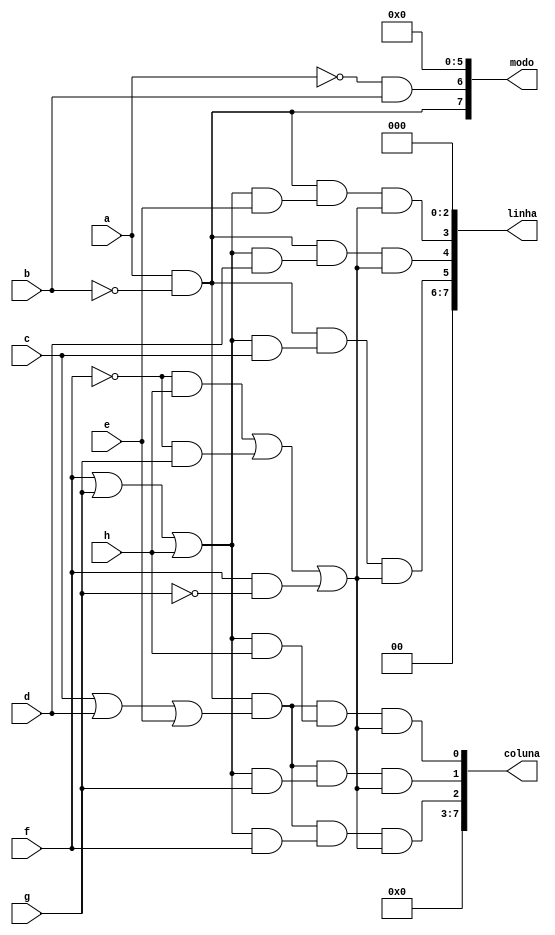
module saidas_para_mux( 
input a,b,c,d,e,f,g,h,
output wire [7:0] modo,
output wire [7:0] coluna,
output wire [7:0] linha
);
not not1(b1,b);
and and1(modo[7],a,b1);
not not2(a1,a);
and and2(modo[6],a1,b);
not not3(modo[5],1'b1);
not not4(modo[4],1'b1);
not not5(modo[3],1'b1);
not not6(modo[2],1'b1);
not not7(modo[1],1'b1);
not not8(modo[0],1'b1);
//linha
not not9(linha[7],1'b1);
not not10(linha[6],1'b1);
wire [6:0] w;
and and3(w[0],a,b1);
or or1(w[1],f,g,h);
and and4(w[2],w[1],c);
not not11(f1,f);
not not12(g1,g);
and and5(w[3],f1,h);
and and6(w[4],f1,g);
and and7(w[5],f,g1);
or or2(w[6], w[3],w[4],w[5]);
and and8(linha[5],w[0],w[2],w[6]);
//
wire x;
and and9(x,w[1],d);
and and10(linha[4], w[0],x,w[6]);
wire y;
and and11(y,w[1],e);
and and12(linha[3], w[0],y,w[6]);
not not13(linha[2],1'b1);
not not14(linha[1],1'b1);
not not15(linha[0], 1'b1);
// coluna 
not not16(coluna[7], 1'b1);
not not17(coluna[6], 1'b1);
not not18(coluna[5], 1'b1);
not not19(coluna[4], 1'b1);
not not20(coluna[3], 1'b1);
//
wire [1:0]z;
or or3 (z[0],c,d,e);
and and13(z[1],w[1],f);
and and14(coluna[2], w[0],z[0],z[1],w[6]);
wire l;
and and15(l,w[1],g);
and and16(coluna[1], w[0],z[0],l,w[6]);
wire k;
and and17(k,w[1],h);
and and18(coluna[0], w[0],z[0],k,w[6]);
endmodule